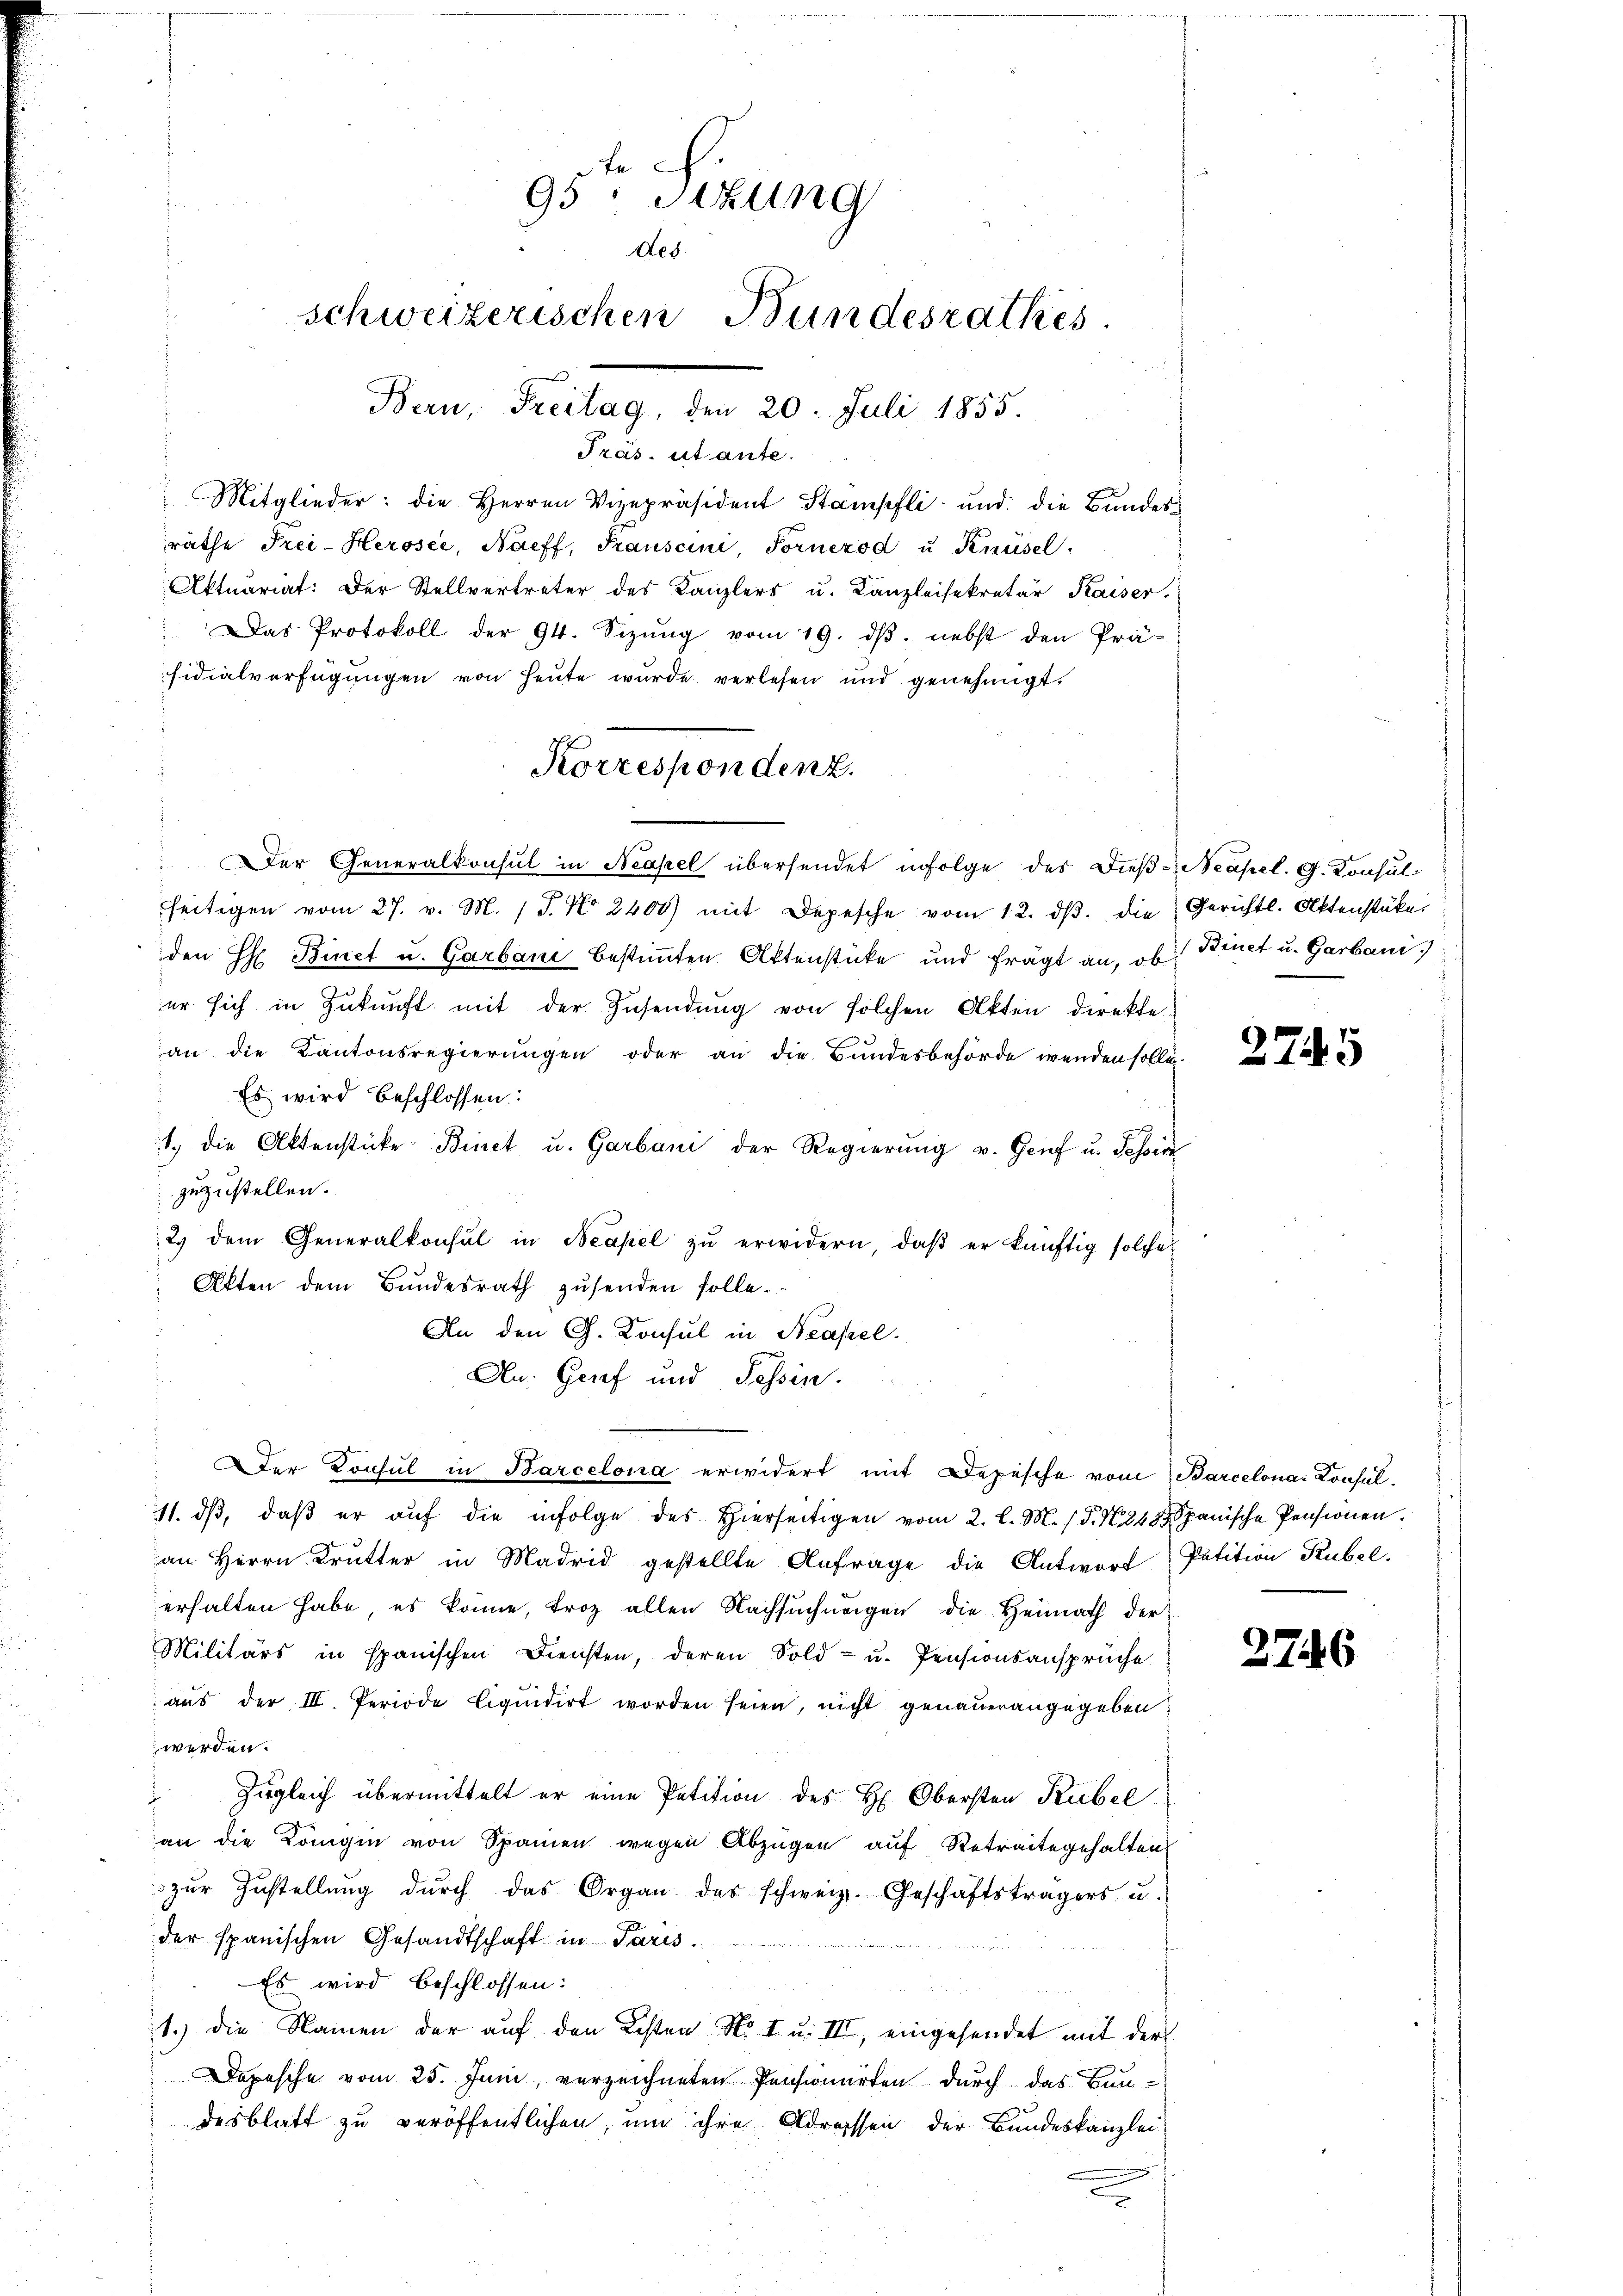
Präs. utante.
Mitglieder: die Herren Vizepräsident Stampfli und die Bundesräthe Frei-Herosee, Naeff, Tauscini, Fornezod u Knüsel.
Aktuariat: Der Stellvertreter des Kanzlers u. Kanzleisekretär Kaiser.
Das Protokoll der 94. Sizŭng vom 19. dβ. nebst den Prä-
sidialverfügungen von heute wurde verlesen und genehmigt.

95: Setzung
Neb
schweizerischen Bundesrathes.
Bern, Freitag, den 20. Juli 1855.

Korrespondenz.

Der Generalkonsul in Neapel übersendet infolge des Dieß-Neapel. G. Konsul
seitigen vom 27. v. M. (T. No 2400) mit Depesche vom 12. dβ. die Gerichtl. Aktenstüke
den H Binet u. Garbani bestimmten Attenstücke und frägt an, ob Binet u. Garbani
er sich in Zŭkŭnft mit der Zusendung von solchen Akten direkte
an die Kantonsregierungen oder an die Bundesbehörde wenden solle.
Es wird beschlossen:
1. die Aktenstücke Binet u. Garbani der Regierung v. Genf u. Tession
zuzustellen.
2. dem Generalkonsul in Beapel zŭ erwidern, daβ er künftig solche
Akten dem Bundesrath zŭsenden solle.
An den G. Konsul in Neapel.
An Grief und Tessin.
der Konsul in Barcelona erwidert mit Depesche vom Barcelonas Konsul¬
11. dβ, daß er auf die infolge des Hierseitigen vom 2. l. M. (T. N. 248 Spanische Pensionen
an Herrn Krutter in Madrid gestellte Anfrage die Antwort
erhalten habe, es könne, troz allen Nachsuchungen die Heimath der
Militärs in spanischen Diensten, deren Sold- u. Pensionsansprüche
aus der III. Periode liquidirt worden seien, nicht genauerangegeben
werden.
Zugleich übermittelt er eine Petition des H. Obersten Rubel.
an die Königin von Spanien wegen Abzügen auf Retraite gehalten
zŭr Zustellŭng dŭrch das Organ des schweiz. Geschäftsträgers u.
der spanischen Gesandtschaft in Paris.
Es wird beschlossen:
1.) Die Namen der auf den Kosten N. I u. III, eingesendet mit der
Depesche vom 25. Juni, verzeichneten Pensionirten durch das Bun-
desblatt zu veröffentlichen, um ihre Adressen der Bundeskanzlei

2745

Petition Rubel.

2746